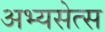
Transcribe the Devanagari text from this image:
अभ्यसेत्स